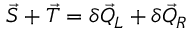
\vec { S } + \vec { T } = \delta \vec { Q } _ { L } + \delta \vec { Q } _ { R }